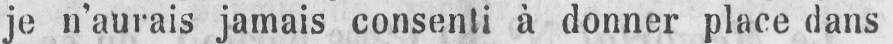
je n’aurais jamais consenti à donner place dans